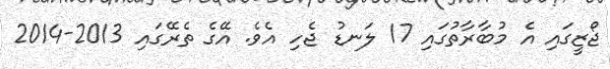
ޖޯޒީގައި އެ މުބާރާތުގައި 17 ލަނޑު ޖެހި އެވެ. އޭގެ ތެރޭގައި 2013-2014